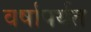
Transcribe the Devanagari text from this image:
वर्षांपर्यत